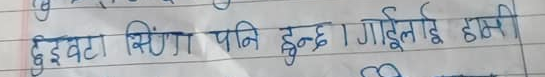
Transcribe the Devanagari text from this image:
दुईवटा सिंगा पनि हुन्छ । गाईलाई हामी